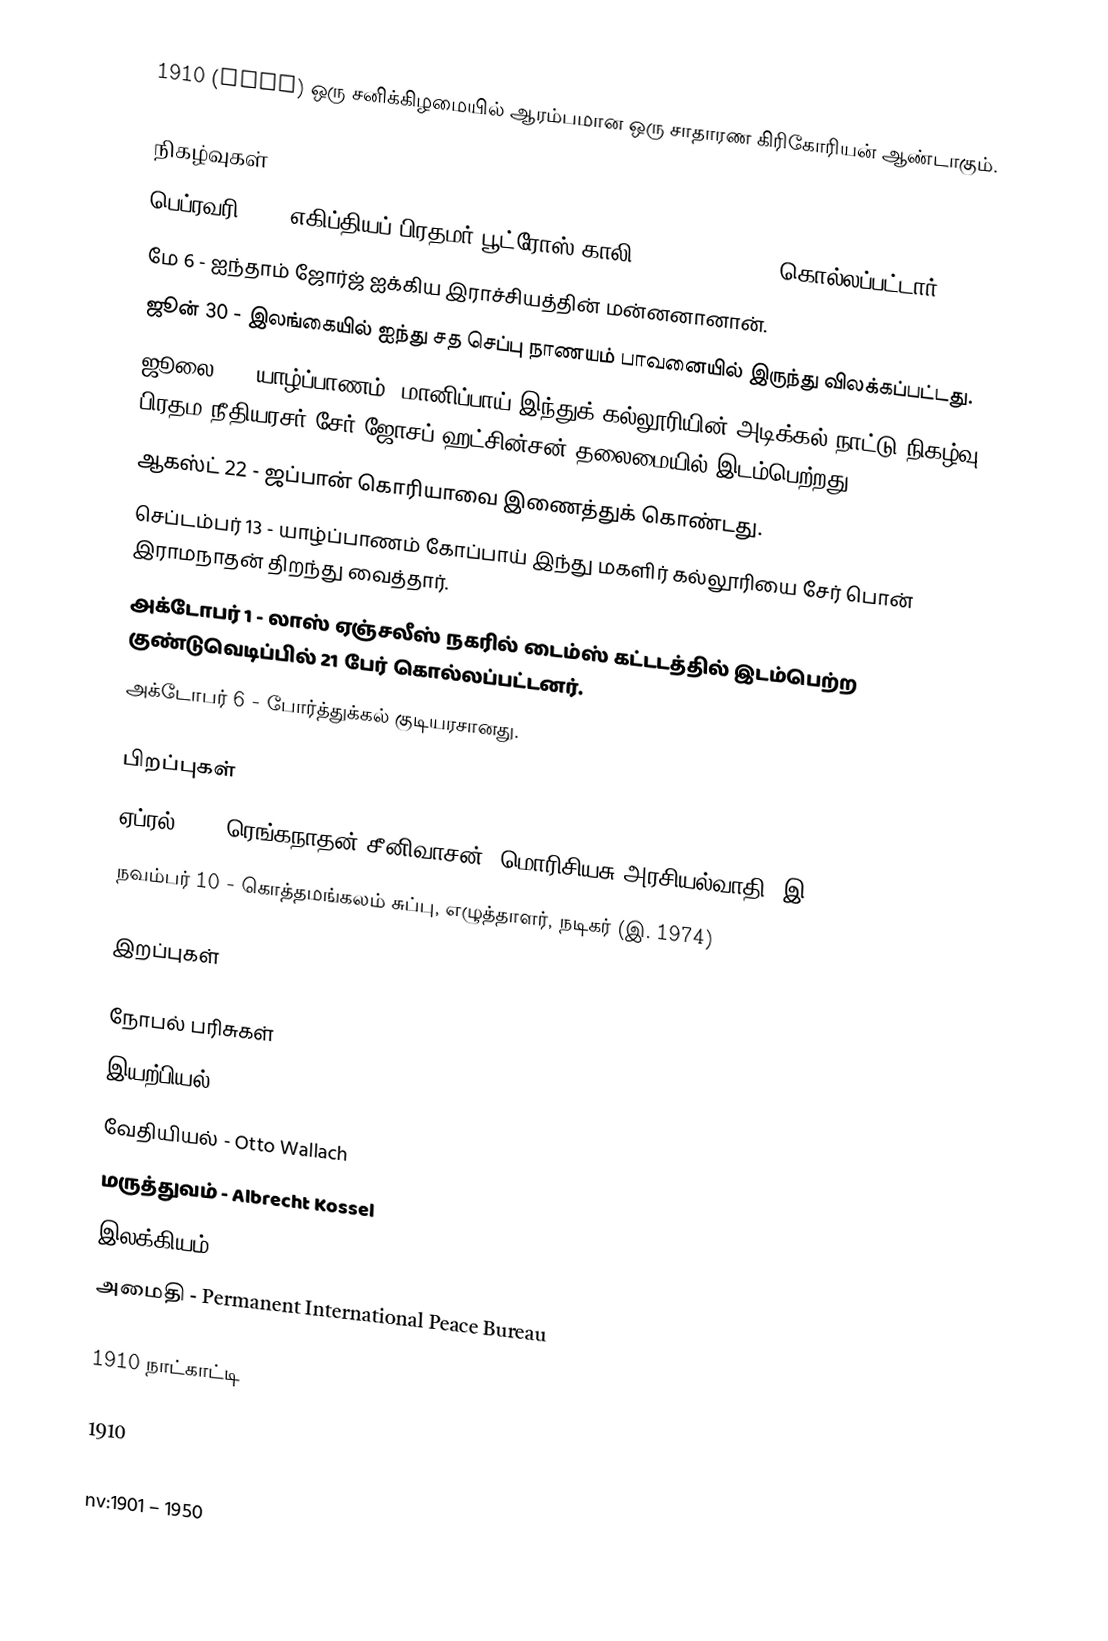
1910  (MCMX) ஒரு சனிக்கிழமையில் ஆரம்பமான ஒரு சாதாரண கிரிகோரியன் ஆண்டாகும்.

நிகழ்வுகள்
 பெப்ரவரி 20 - எகிப்தியப் பிரதமர் பூட்ரோஸ் காலி (Boutros Ghali) கொல்லப்பட்டார்.
 மே 6 - ஐந்தாம் ஜோர்ஜ் ஐக்கிய இராச்சியத்தின் மன்னனானான்.
 ஜூன் 30 - இலங்கையில் ஐந்து சத செப்பு நாணயம் பாவனையில் இருந்து விலக்கப்பட்டது.
 ஜூலை 4 - யாழ்ப்பாணம், மானிப்பாய் இந்துக் கல்லூரியின் அடிக்கல் நாட்டு நிகழ்வு பிரதம நீதியரசர் சேர் ஜோசப் ஹட்சின்சன் தலைமையில் இடம்பெற்றது.
 ஆகஸ்ட் 22 - ஜப்பான் கொரியாவை இணைத்துக் கொண்டது.
 செப்டம்பர் 13 - யாழ்ப்பாணம் கோப்பாய் இந்து மகளிர் கல்லூரியை சேர் பொன் இராமநாதன் திறந்து வைத்தார்.
 அக்டோபர் 1 - லாஸ் ஏஞ்சலீஸ் நகரில் டைம்ஸ் கட்டடத்தில் இடம்பெற்ற குண்டுவெடிப்பில் 21 பேர் கொல்லப்பட்டனர்.
 அக்டோபர் 6 - போர்த்துக்கல் குடியரசானது.

பிறப்புகள்
 ஏப்ரல் 11 - ரெங்கநாதன் சீனிவாசன், மொரிசியசு அரசியல்வாதி (இ. 1958)
 நவம்பர் 10 - கொத்தமங்கலம் சுப்பு, எழுத்தாளர், நடிகர் (இ. 1974)

இறப்புகள்

நோபல் பரிசுகள்
 இயற்பியல் - Johannes Diderik van der Waals
 வேதியியல் - Otto Wallach
 மருத்துவம் - Albrecht Kossel
 இலக்கியம் - Paul Heyse
 அமைதி -  Permanent International Peace Bureau

1910 நாட்காட்டி

1910

nv:1901 – 1950